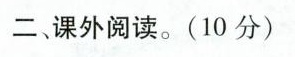
二、课外阅读。(10分)